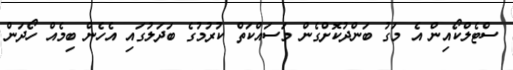
ސްޓެލްކޯއިން އެ މަގު ބަންދުކޮށްގެން މަސައްކަތް ކުރުމުގެ ބަދަލުގައި އެހެން ބިމެއް ހޯދަން